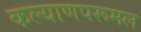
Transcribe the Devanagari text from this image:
कल्याणपरूमल